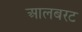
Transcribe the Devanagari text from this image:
आलबरट